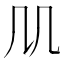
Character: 𠘬